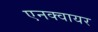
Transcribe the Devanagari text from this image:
एनक्वायर